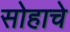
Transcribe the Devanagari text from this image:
सोहाचे